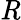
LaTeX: \mathit{R}